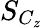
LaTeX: S_{C_{z}}